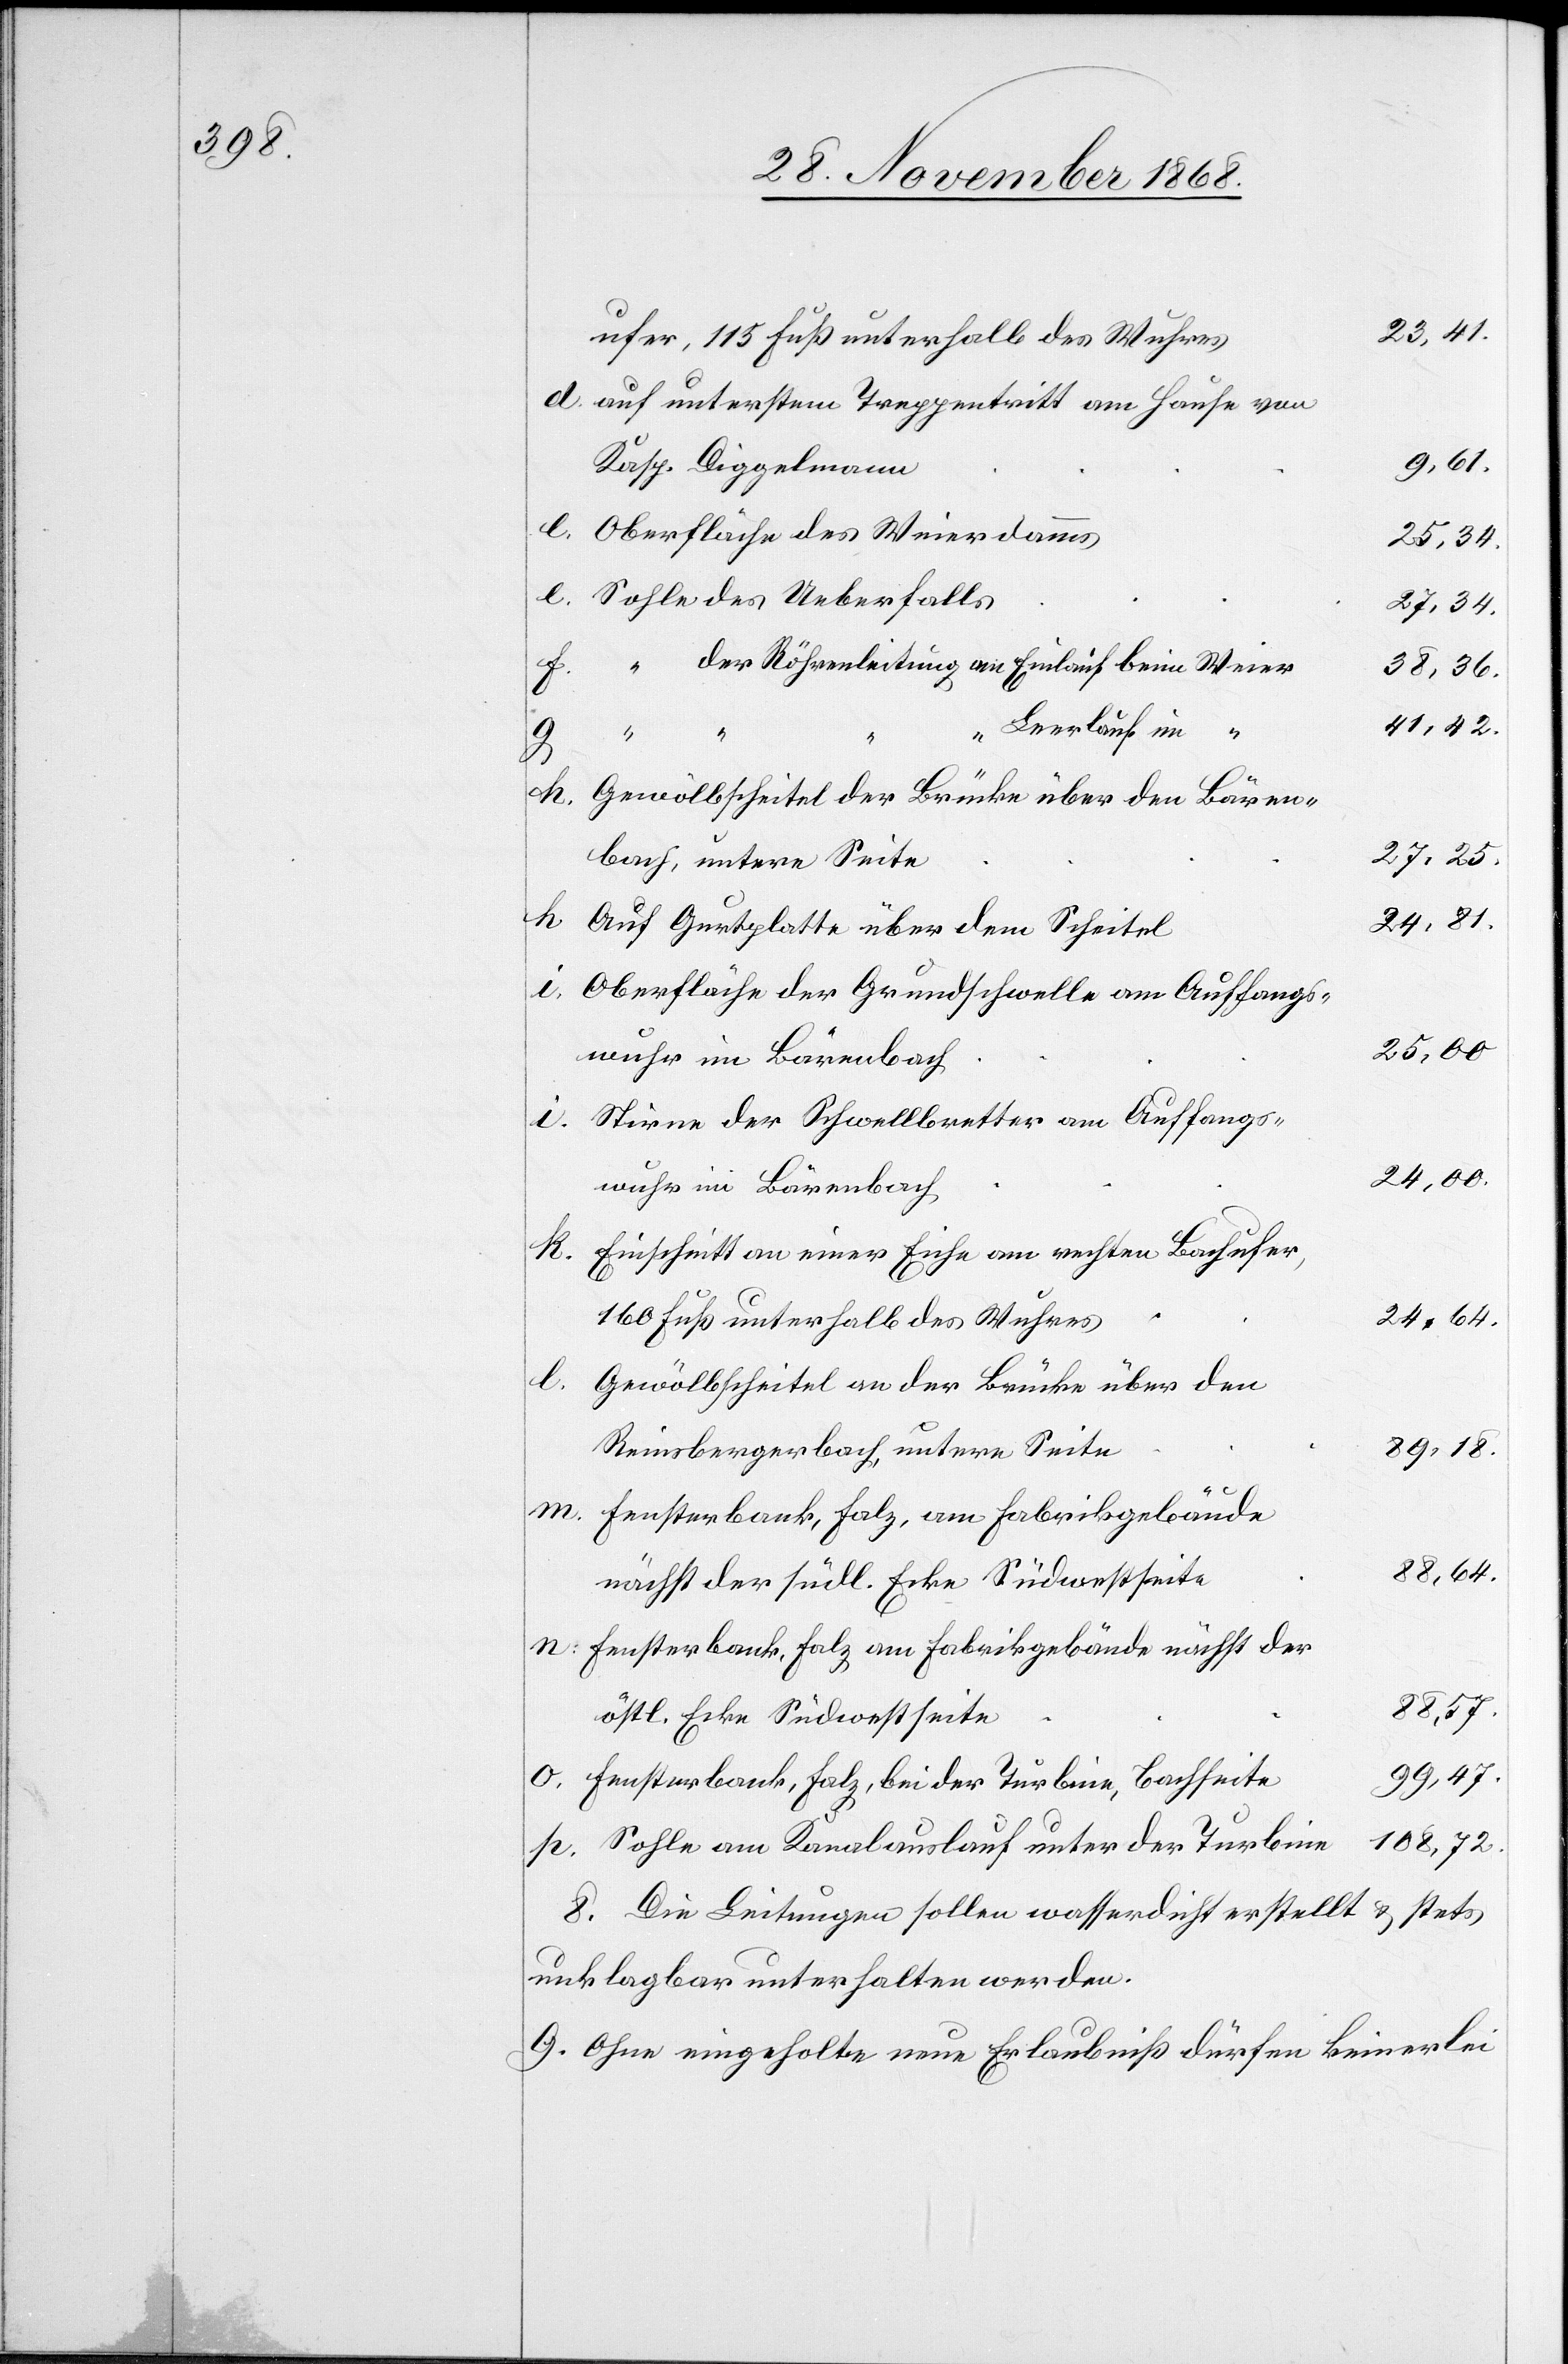
23,41.
ufer, 115 Fuß unterhalb des Wuhres
auf unterstem Treppentritt am Hause von
Kasp. Diggelmann
Oberfläche des Weierdamms
24,64.
Sohle des Ueberfalls
27,34.
der Röhrenleitung am Einlauf beim Weier
h.
38,36.
41,42.
Leerlauf im
n.
p.
Gewölbscheitel der Brücke über den Bären¬
bach, untere Seite
24,81.
Auf Gurtplatte über dem Scheitel
Oberfläche der Grundschwelle am Auffangs¬
25,00
Stirne der Schwellbretter am Auffangs¬
24,00.
wuhr im Bärenbach
Einschnitt an einer Eiche am rechten Bachufer,
160 Fuß unterhalb des Wuhres
l.
Gewölbscheitel an der Brücke über den
89,18.
Reinsbergerbach untere Seite
Fensterbank, Falz, am Fabrikgebäude
88,64.
nächst der südl. Ecke Südwestseite
Fensterbank, Falz am Fabrikgebäude nächst der
88,57.
östl. Ecke Südwestseite
99,47.
Fensterbank, Falz, bei der Turbine, Bachseite
108,72.
Sohle am Kanalauslauf unter der Turbine
8. Die Leitungen sollen wasserdicht erstellt & stets
unklagbar unterhalten werden.
9. Ohne eingeholte neue Erlaubniß dürfen keinerlei